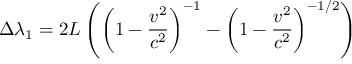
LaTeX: \Delta { \lambda } _ { 1 } = 2 L \left( \left( { 1 - { \frac { v ^ { 2 } } { c ^ { 2 } } } } \right) ^ { - 1 } - \left( 1 - { \frac { v ^ { 2 } } { c ^ { 2 } } } \right) ^ { - 1 / 2 } \right)